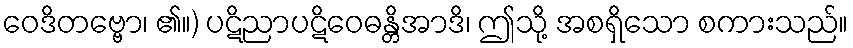
ဝေဒိတဗ္ဗော၊ ၏။) ပဋိညာပဋိဝေဓန္တိအာဒိ၊ ဤသို့ အစရှိသော စကားသည်။